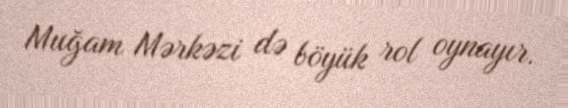
Muğam Mərkəzi də böyük rol oynayır.